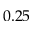
0 . 2 5